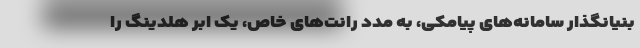
بنیانگذار سامانه‌های پیامکی، به مدد رانت‌های خاص، یک ابر هلدینگ را